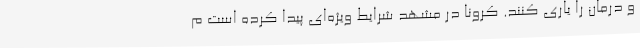
و درمان را یاری کنند. کرونا در مشهد شرایط ویژه‌ای پیدا کرده است م